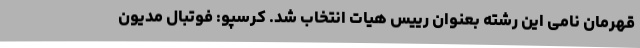
قهرمان نامی این رشته بعنوان رییس هیات انتخاب شد. کرسپو: فوتبال مدیون